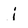
Character: j